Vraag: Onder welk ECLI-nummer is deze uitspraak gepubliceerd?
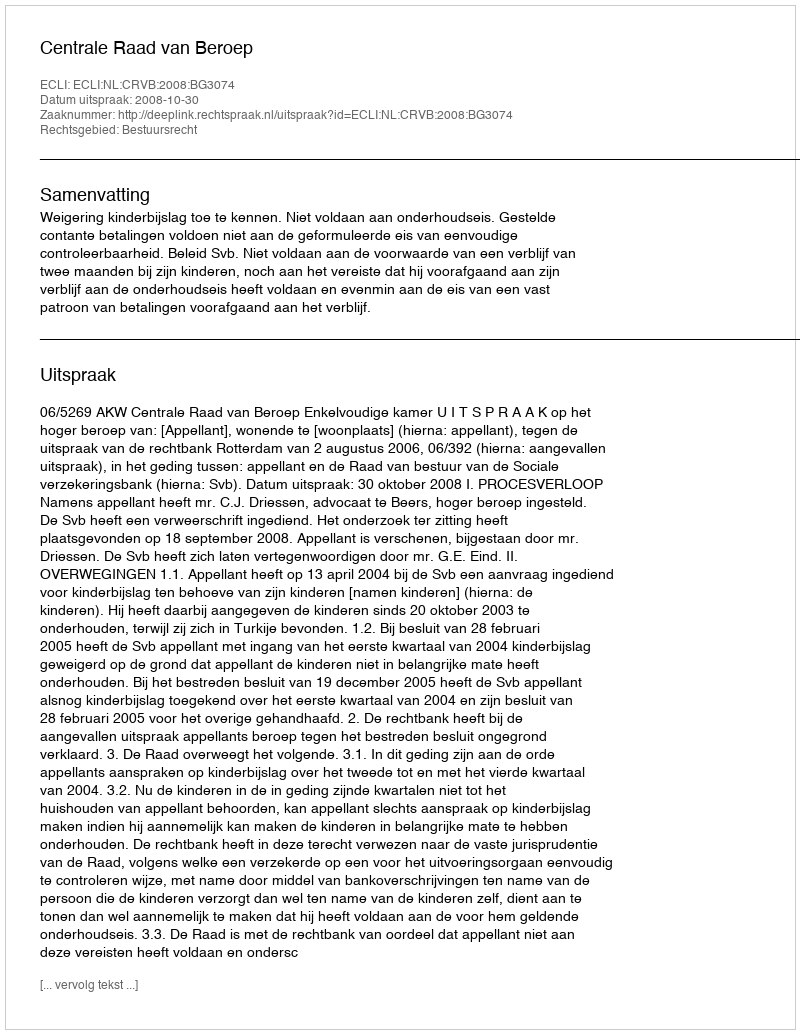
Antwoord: ECLI:NL:CRVB:2008:BG3074